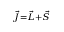
\scriptstyle { \vec { J } } = { \vec { L } } + { \vec { S } }